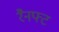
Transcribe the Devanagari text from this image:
रैनफ्‍ट